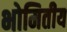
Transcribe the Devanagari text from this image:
भोमितीय